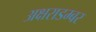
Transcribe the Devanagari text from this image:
अक्षराडम्बर